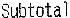
SUBTOTAL